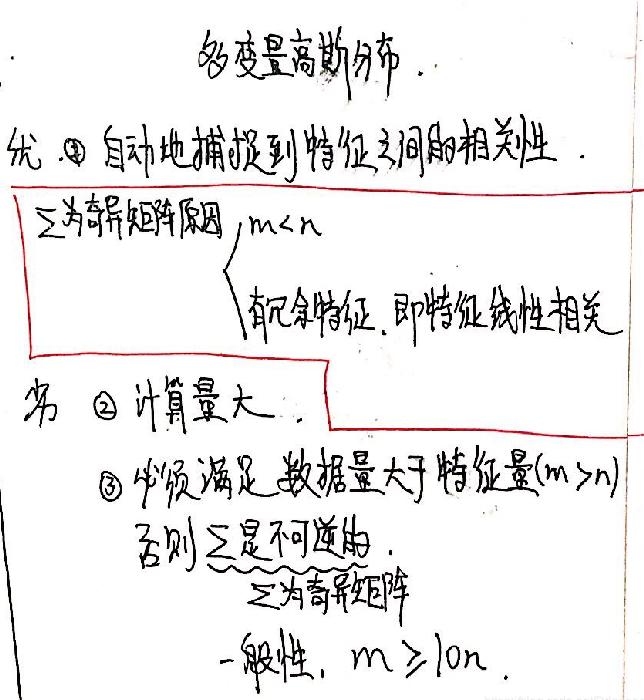
多变量高斯分布.
优. $\textcircled{1}$ 自动地捕捉到特征之间的相关性.
Σ为奇异矩阵原因，m < n
有冗余特征，即特征线性相关
劣 $\textcircled{2}$ 计算量大.
$\textcircled{3}$ 必须满足数据量大于特征量(m > n)
否则Σ是不可逆的.
Σ为奇异矩阵
一般性，m ≥ 10n .